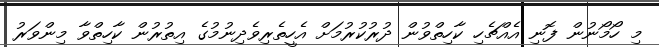
މި ހޯމޯނުން ފޮނި އެއްޗެހި ކާހިތްވުން ދުރުކުރުމަށް އެހީތެރިވެދިނުމުގެ އިތުރުން ކާހިތްވާ މިންވަރު